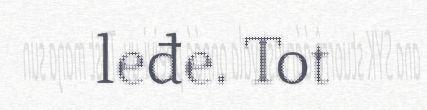
leđe. Tot